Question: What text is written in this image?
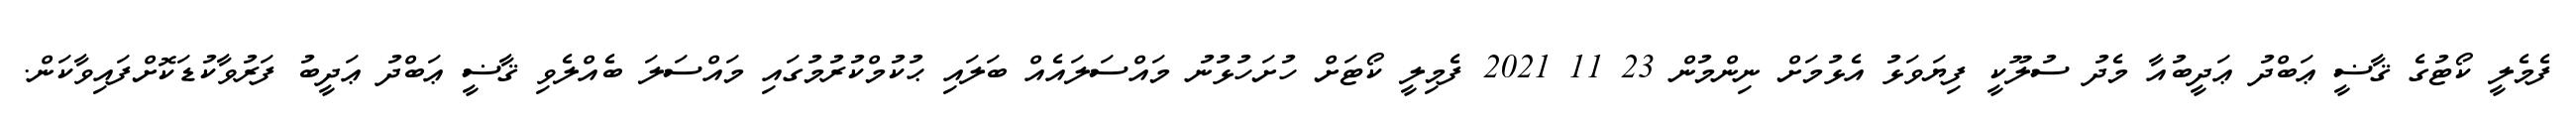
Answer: ފެމެލީ ކޯޓުގެ ޤާޟީ ޢަބްދު ޢަދީބުއާ މެދު ސުލޫކީ ފިޔަވަޅު އެޅުމަށް ނިންމުން 23 11 2021 ފެމިލީ ކޯޓަށް ހުށަހުޅުނު މައްސަލައެއް ބަލައި ޙުކުމްކުރުމުގައި މައްސަލަ ބެއްލެވި ޤާޟީ ޢަބްދު ޢަދީބު ފަރުވާކުޑަކޮށްފައިވާކަން.